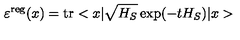
\varepsilon ^ { \mathrm { r e g } } ( x ) = \mathrm { t r } < x | \sqrt { H _ { S } } \exp ( - t H _ { S } ) | x >